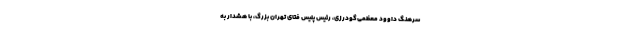
سرهنگ داوود معظمی‌گودرزی، رئیس پلیس فتای تهران بزرگ، با هشدار به